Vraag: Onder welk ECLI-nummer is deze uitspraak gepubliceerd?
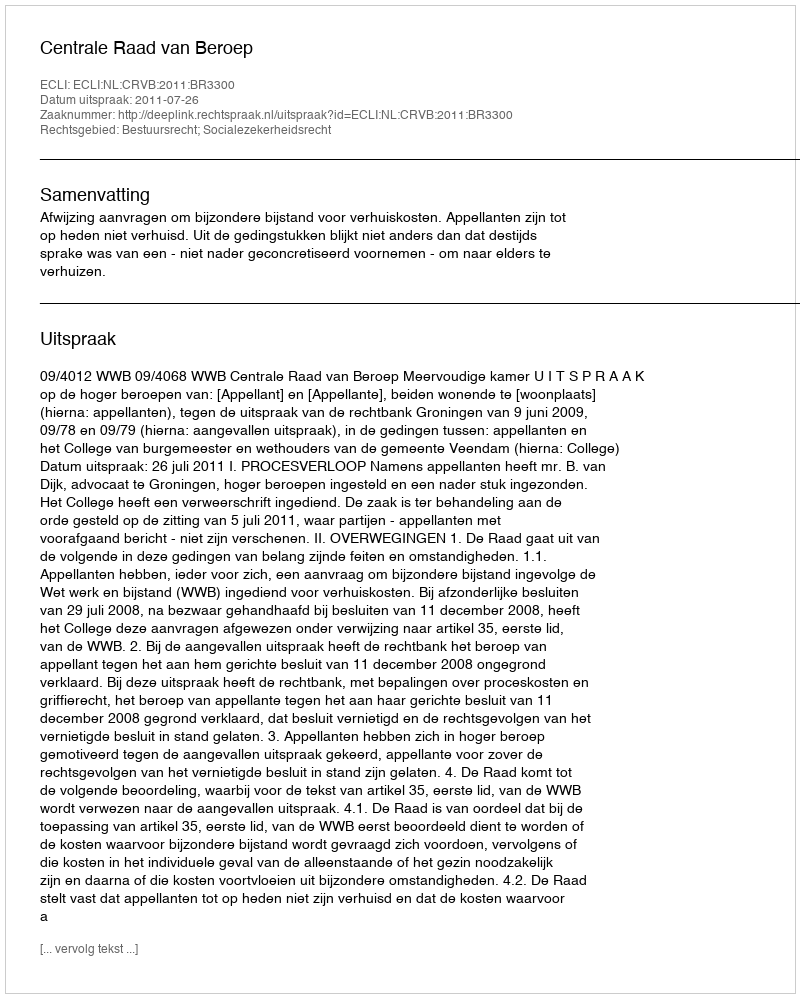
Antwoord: ECLI:NL:CRVB:2011:BR3300